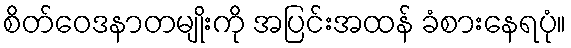
စိတ်ဝေဒနာတမျိုးကို အပြင်းအထန် ခံစားနေရပုံ။